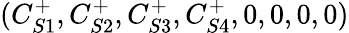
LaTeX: (C_{S1}^{+},C_{S2}^{+},C_{S3}^{+},C_{S4}^{+},0,0,0,0)